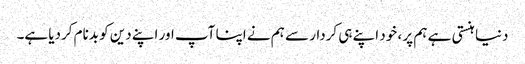
دنیا ہنستی ہے ہم پر ، خود اپنے ہی کردار سے ہم نے اپنا آپ اور اپنے دین کو بدنام کردیا ہے۔